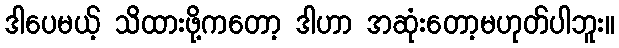
ဒါပေမယ့် သိထားဖို့ကတော့ ဒါဟာ အဆုံးတော့မဟုတ်ပါဘူး။